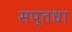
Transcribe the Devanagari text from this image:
सप्तधा